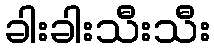
ခါးခါးသီးသီး